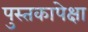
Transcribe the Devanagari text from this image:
पुस्तकापेक्षा